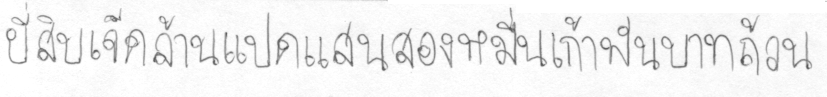
ยี่สิบเจ็ดล้านแปดแสนสองหมื่นเก้าพันบาทถ้วน